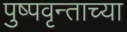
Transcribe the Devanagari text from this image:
पुष्पवृन्ताच्या